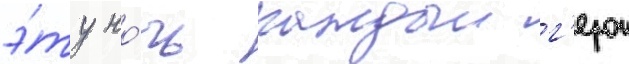
э́ту но́чь каждыи г'ерои